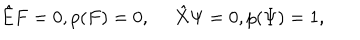
LaTeX: { \hat { E } } F = 0 , p ( F ) = 0 , \quad \ { \hat { X } } \Psi = 0 , p ( \Psi ) = 1 ,